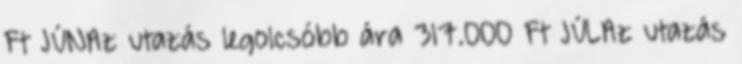
Ft JÚNAz utazás legolcsóbb ára 317.000 Ft JÚLAz utazás